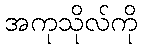
အကုသိုလ်ကို